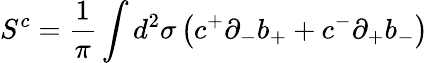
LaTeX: S^{c}=\frac{1}{\pi}\int d^{2}\sigma\left(c^{+}{\partial}_{-}b_{+}+c^{-}{\partial}_{+}b_{-}\right)